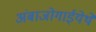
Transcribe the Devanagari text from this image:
अंबाजोगाईयेथे